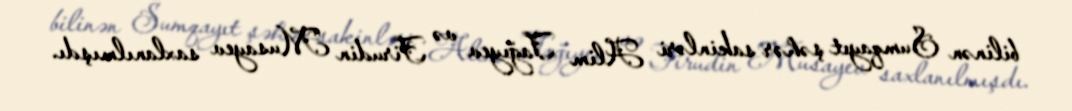
bilinən Sumqayıt şəhər sakinləri Alim Tağıyev və Firudin Musayev saxlanılmışdı.